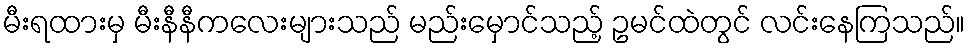
မီးရထားမှ မီးနီနီကလေးများသည် မည်းမှောင်သည့် ဥမင်ထဲတွင် လင်းနေကြသည်။